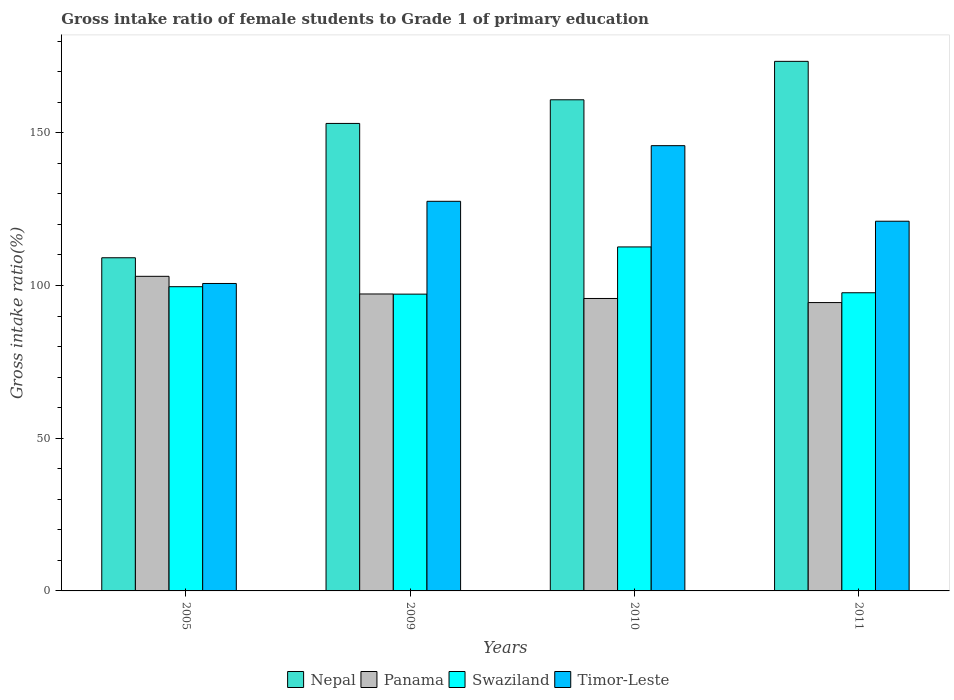
| Years | Nepal | Panama | Swaziland | Timor-Leste |
 | --- | --- | --- | --- | --- |
 | 2005 | 109 | 103 | 99.6 | 101 |
 | 2009 | 153 | 97.2 | 97.2 | 128 |
 | 2010 | 161 | 95.8 | 113 | 146 |
 | 2011 | 173 | 94.4 | 97.6 | 121 |